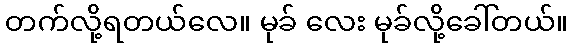
တက်လို့ရတယ်လေ။ မုခ် လေး မုခ်လို့ခေါ်တယ်။